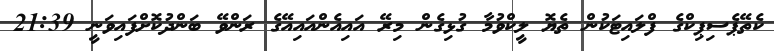
ކެތޭޕެސިޕިކްގެ ފްލައިޓަކުން ތެޔޮ ލީކްވުމާ ގުޅިގެން މިރޭ އައިއެންއައިއޭގެ ރަންވޭ ބަންދުކޮށްފައިވަނީ 21:39